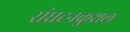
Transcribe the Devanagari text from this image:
संघटनकुशल